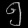
Digit: ၅